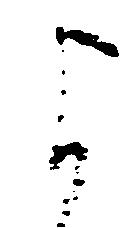
よ